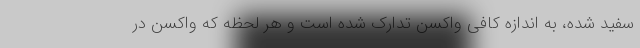
سفید شده، به اندازه کافی واکسن تدارک شده است و هر لحظه که واکسن در